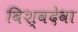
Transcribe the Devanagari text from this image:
विश्वदेवा